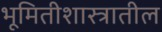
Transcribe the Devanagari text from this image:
भूमितीशास्त्रातील